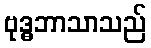
ဗုဒ္ဓဘာသာသည်